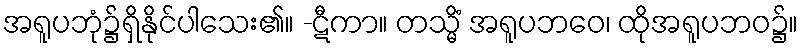
အရူပဘုံ၌ရှိနိုင်ပါသေး၏။ -ဋီကာ။ တသ္မိံ အရူပဘဝေ၊ ထိုအရူပဘဝ၌။